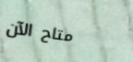
متاح الآن